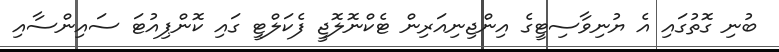
ބުނި ގޮތުގައި އެ ޔުނިވާސިޓީގެ އިންޖިނިއަރިން ޓެކްނޮލޮޖީ ފެކަލްޓީ ގައި ކޮންޕިއުޓަ ސައިންސާއި